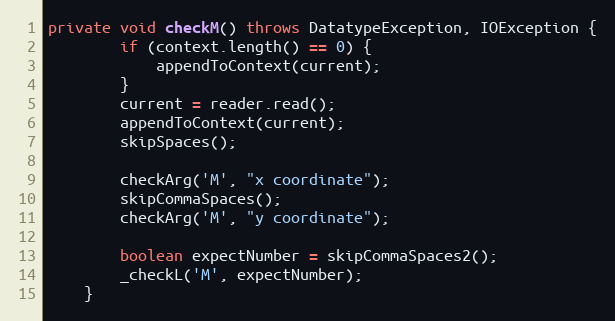
Language: Java
private void checkM() throws DatatypeException, IOException {
        if (context.length() == 0) {
            appendToContext(current);
        }
        current = reader.read();
        appendToContext(current);
        skipSpaces();

        checkArg('M', "x coordinate");
        skipCommaSpaces();
        checkArg('M', "y coordinate");

        boolean expectNumber = skipCommaSpaces2();
        _checkL('M', expectNumber);
    }